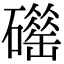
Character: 𥖴